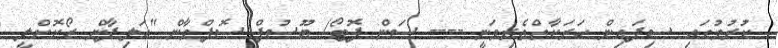
ކުރުމުގައި ސިފައިން ހަރަކާތްތެރިވަނީ ---- ސަން ފޮޓޯ/ ޔޫސުފް ސޮފްވާން "އަލިފާން ރޯކޮށްލީ